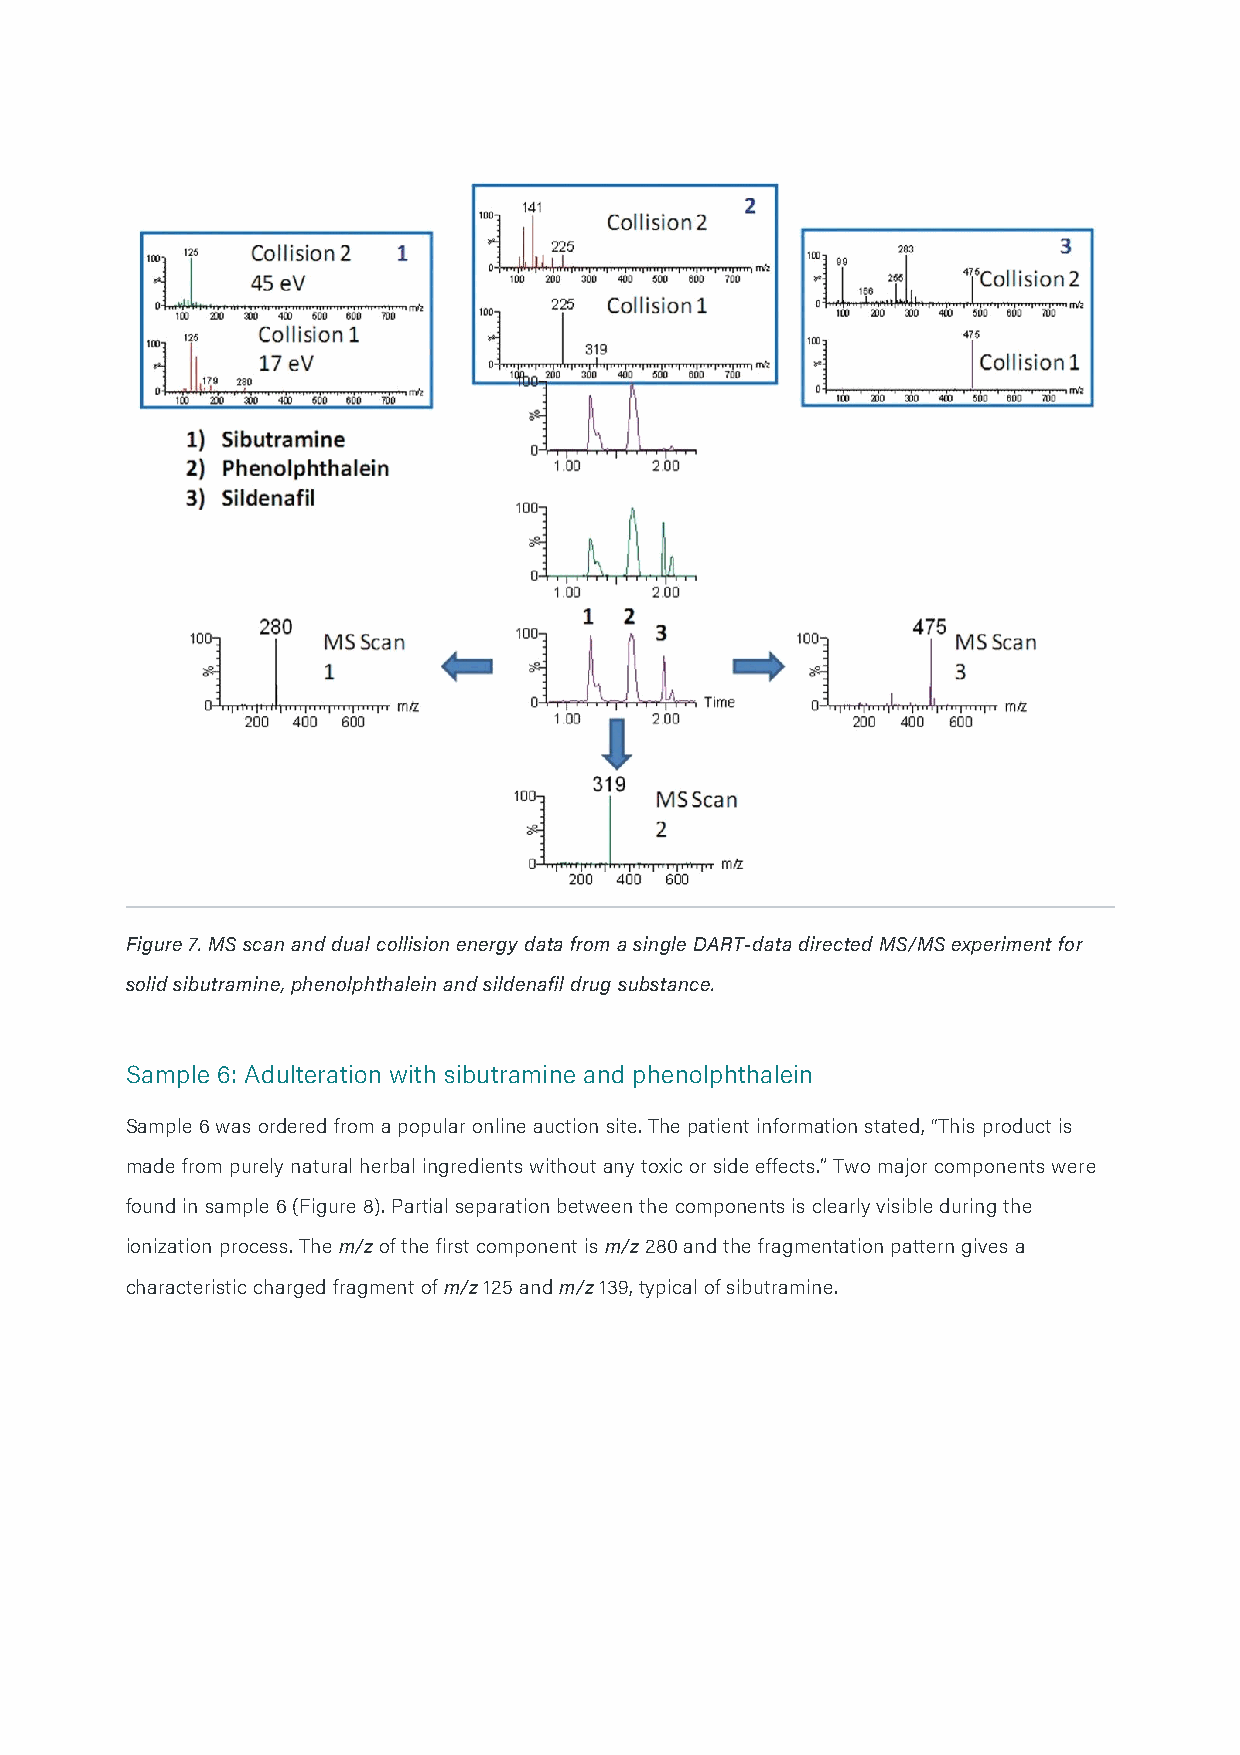
Figure 7. MS scan and dual collision energy data from a single DART-data directed MS/MS experiment for
 solid sibutramine, phenolphthalein and sildenafil drug substance.
 Sample 6: Adulteration with sibutramine and phenolphthalein
 Sample 6 was ordered from a popular online auction site. The patient information stated, “This product is
 made from purely natural herbal ingredients without any toxic or side effects.” Two major components were
 found in sample 6 (Figure 8). Partial separation between the components is clearly visible during the
 ionization process. The m/z of the first component is m/z 280 and the fragmentation pattern gives a
 characteristic charged fragment of m/z 125 and m/z 139, typical of sibutramine.